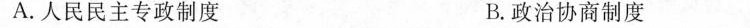
A.人民民主专政制度 B.政治协商制度